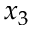
x _ { 3 }